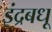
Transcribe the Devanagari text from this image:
इंद्रबधू